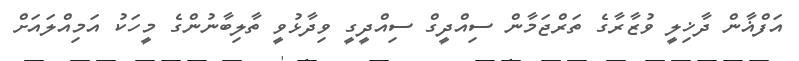
އަފްޣާން ދާޚިލީ ވުޒާރާގެ ތަރްޖަމާން ސިއްދީގް ސިއްދީގީ ވިދާޅުވީ ތާލިބާނުންގެ މީހަކު އަމިއްލައަށް